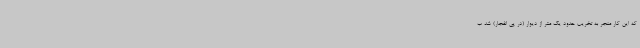
که این کار منجر به تخریب حدود یک متر از دیوار (در پی انفجار) شد ب